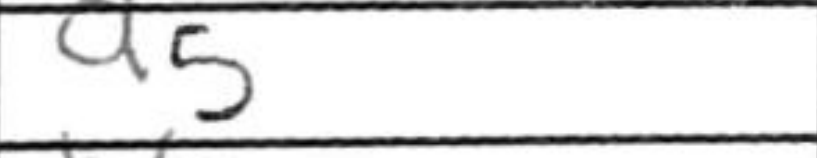
Transcription: a5